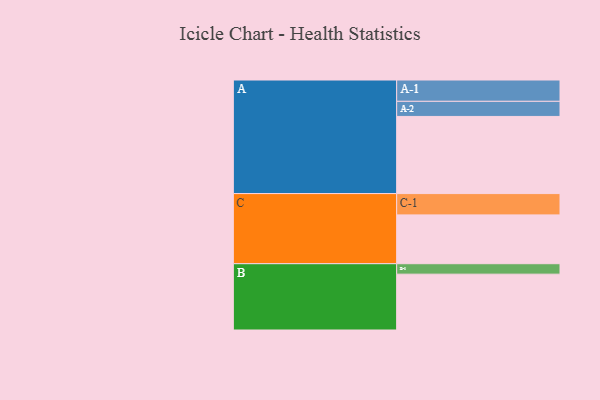
{"axis": {"x": "Segment", "y": "Value"}, "legend": ["", "A", "B", "C"], "data": [{"x": "A", "y": 561, "type": ""}, {"x": "B", "y": 406, "type": ""}, {"x": "C", "y": 355, "type": ""}, {"x": "A-1", "y": 155, "type": "A"}, {"x": "A-2", "y": 110, "type": "A"}, {"x": "B-1", "y": 76, "type": "B"}, {"x": "C-1", "y": 155, "type": "C"}]}